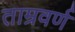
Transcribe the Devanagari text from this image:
ताम्रवर्ण